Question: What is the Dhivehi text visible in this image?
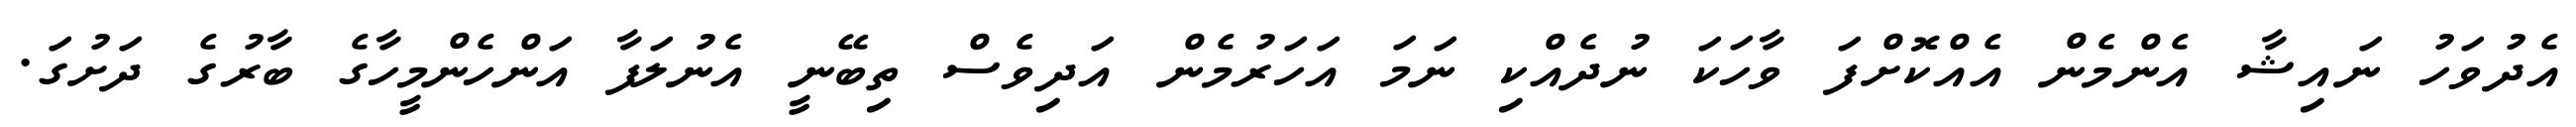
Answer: އެދުވަހު ނައިޝާ އެންމެން އެއްކޮށްފަ ވާހަކަ ނުދެއްކި ނަމަ އަހަރުމެން އަދިވެސް ތިބޭނީ އެނުލަފާ އަންހެންމީހާގެ ބާރުގެ ދަށުގަ.